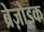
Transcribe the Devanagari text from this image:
ब्रेज़ोइक